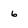
Character: 6